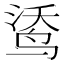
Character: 𲍼